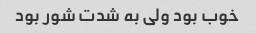
خوب بود ولی به شدت شور بود